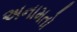
અનામતો